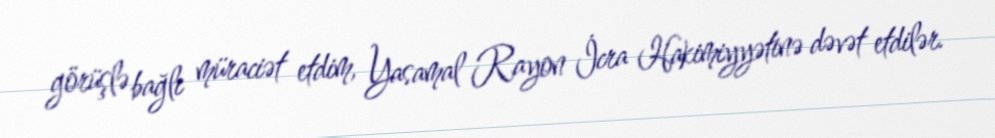
görüşlə bağlı müraciət etdim, Yasamal Rayon İcra Hakimiyyətinə dəvət etdilər.